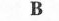
B